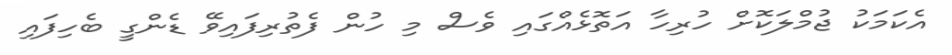
އެކަމަކު ޖުމްލަކޮށް ހުރިހާ އަތޮޅެއްގައި ވެސް މި ހުން ފެތުރިފައިވޭ ޑެންގީ ބެހިފައި